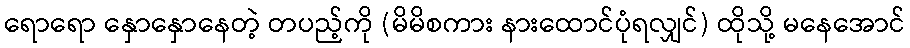
ရောရော နှောနှောနေတဲ့ တပည့်ကို (မိမိစကား နားထောင်ပုံရလျှင်) ထိုသို့ မနေအောင်